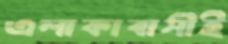
এলাকাবাসীই